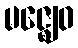
မဇ္ဈေဝ